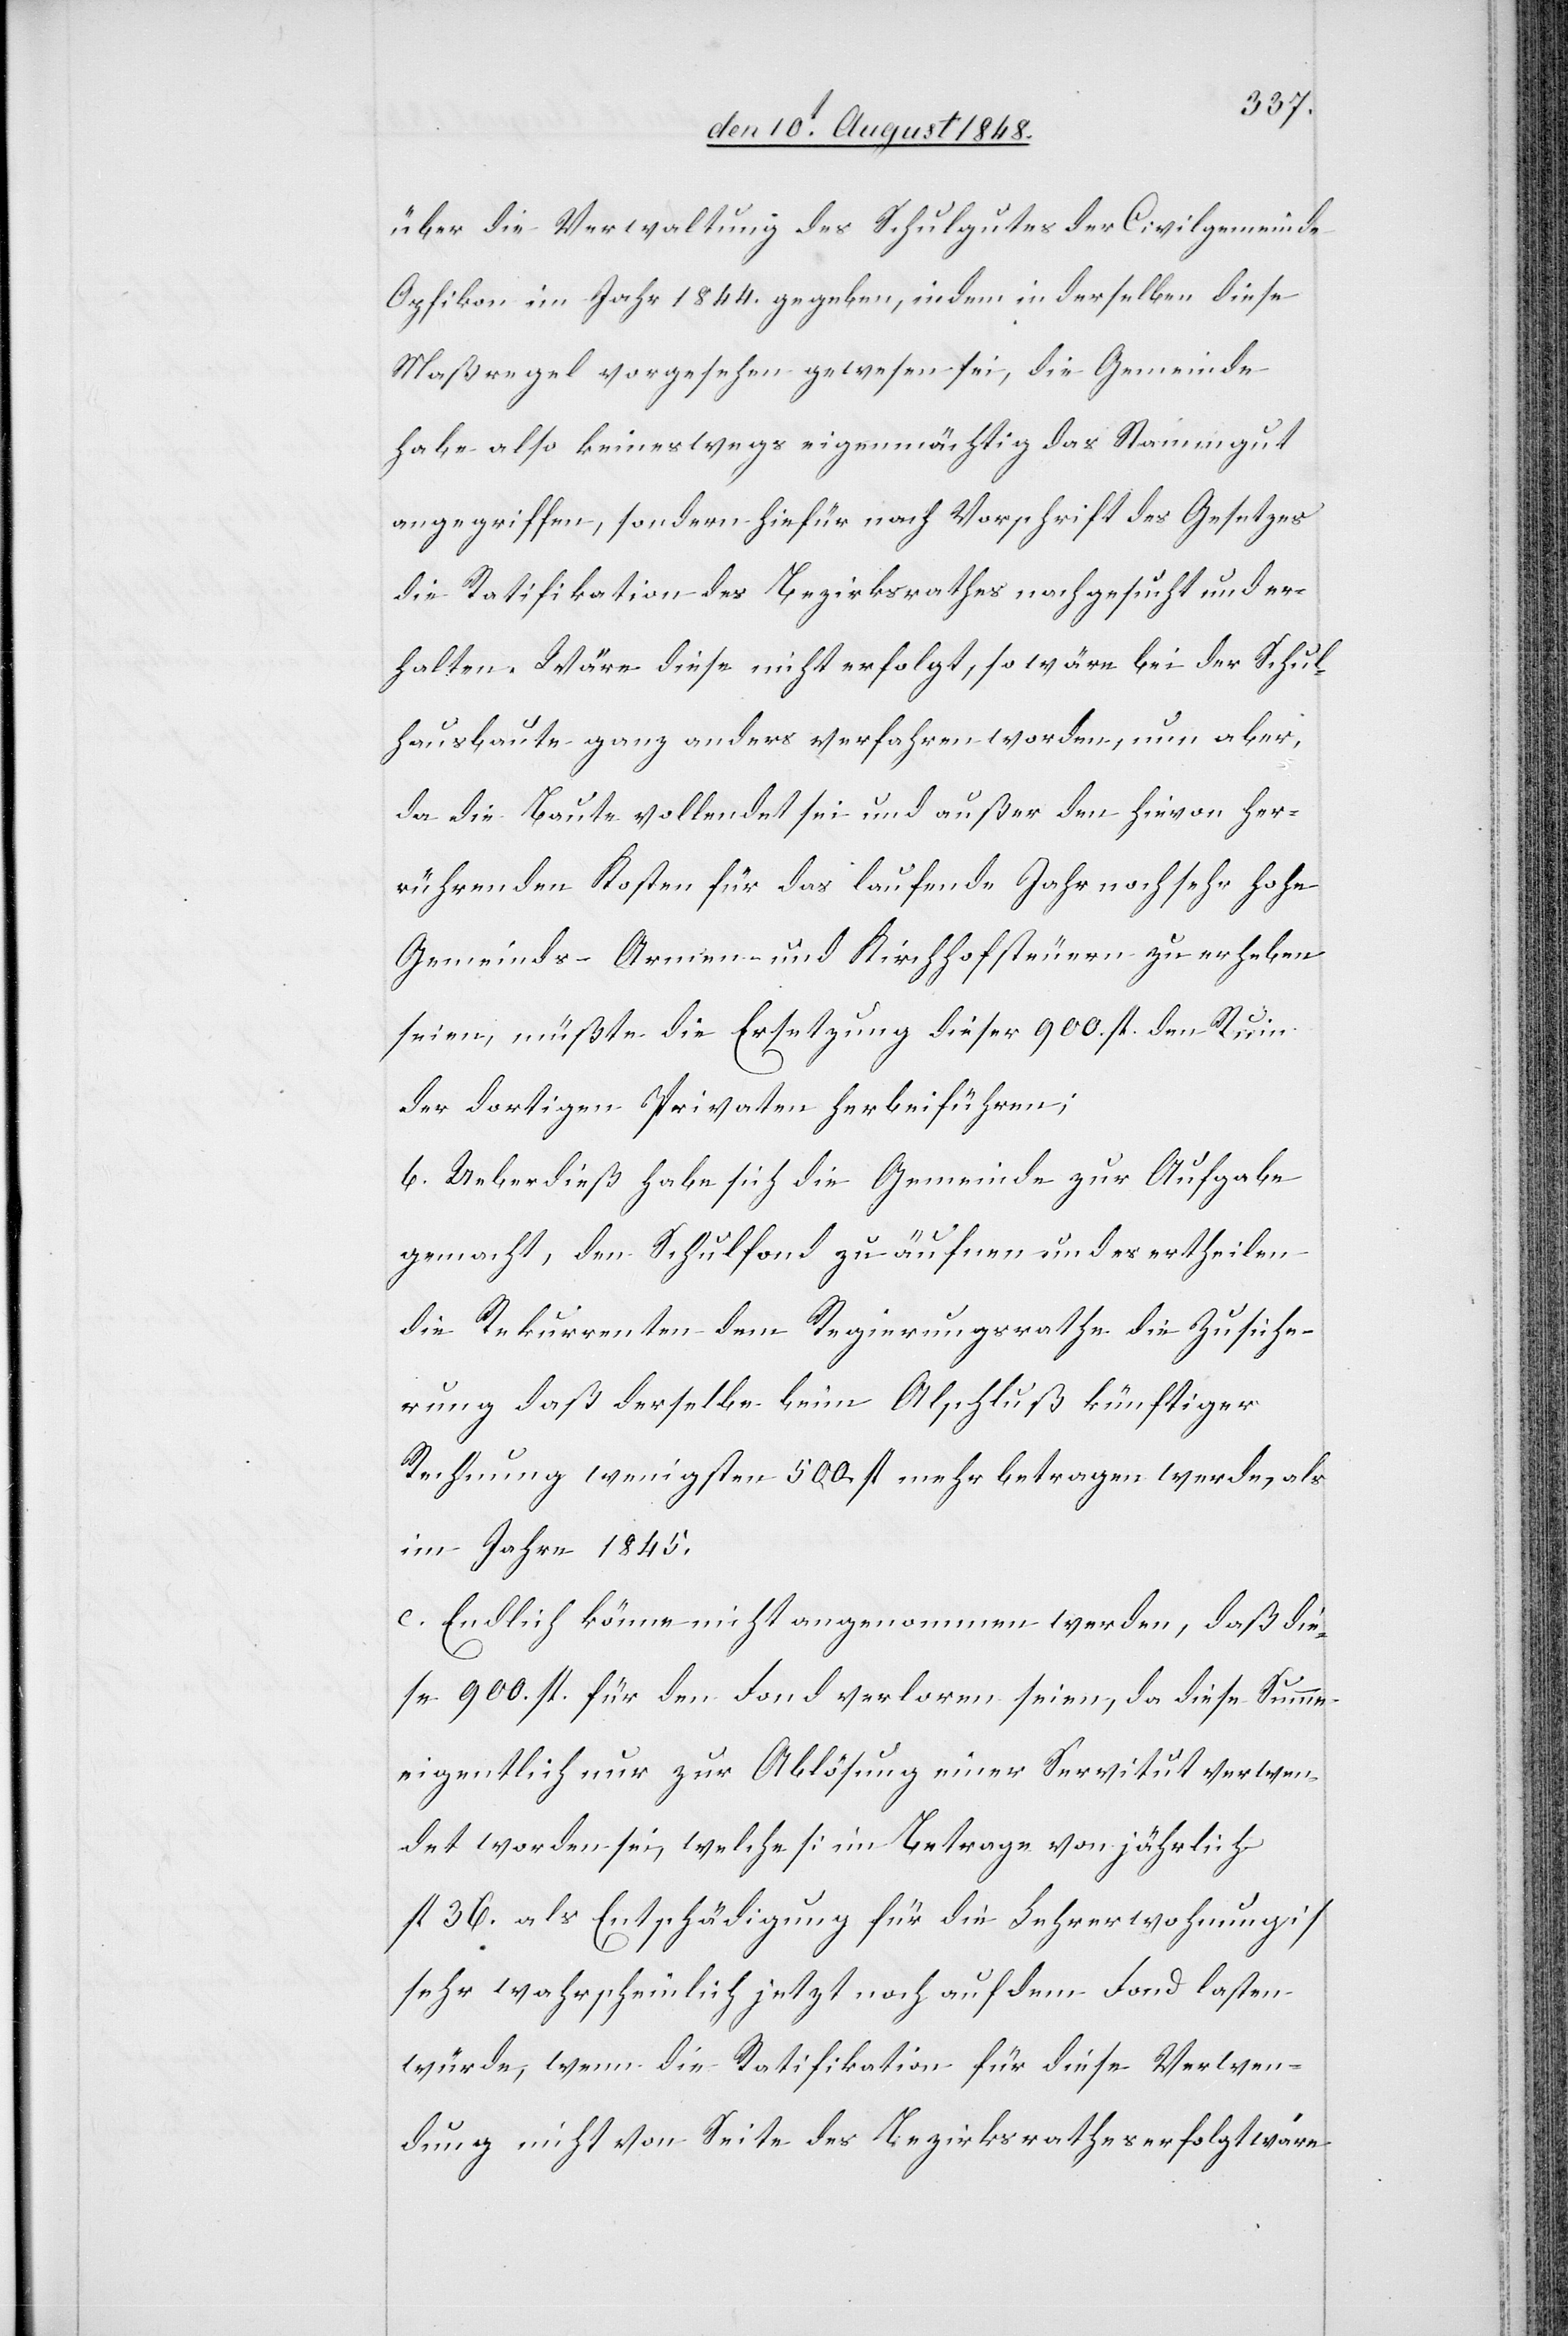
über die Verwaltung des Schulgutes der Civilgemeinde
Opfikon im Jahr 1844. gegeben, indem in derselben diese
Maßregel vorgesehen gewesen sei, die Gemeinde
habe also keineswegs eigenmächtig das Stammgut
angegriffen, sondern hiefür nach Vorschrift des Gesetzes
die Ratifikation des Bezirksrathes nachgesucht und er¬
halten. Wäre diese nicht erfolgt, so wäre bei der Schul¬
hausbaute ganz anders verfahren worden, nun aber,
da die Baute vollendet sei und außer den hievon her¬
rührenden Kosten für das laufende Jahr noch sehr hohe
Gemeinds- Armen- und Kirchhofsteuern zu erheben
seien, müßte die Ersetzung dieser 900. fl. den Ruin
der dortigen Privaten herbeiführen;
b. Ueberdieß habe sich die Gemeinde zur Aufgabe
gemacht, den Schulfond zu äufnen und es ertheilen
die Rekurrenten dem Regierungsrathe die Zusiche¬
rung daß derselbe beim Abschluß künftiger
Rechnung wenigsten 500. fl. mehr betragen werde, als
im Jahre 1845.
c. Endlich könne nicht angenommen werden, daß die¬
se 900. fl. für den Fond verloren seien, da diese Summe
eigentlich nur zur Ablösung einer Servitut verwen¬
det worden sei, welche [im Betrage von jährlich
fl. 36. als Entschädigung für die Lehrerwohnung]
sehr wahrscheinlich jetzt noch auf dem Fond lasten
würde, wenn die Ratifikation für diese Verwen¬
dung nicht von Seite des Bezirksrathes erfolgt wäre.